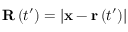
\mathbf { R } \left( t ^ { \prime } \right) = \left| \mathbf { x } - \mathbf { r } \left( t ^ { \prime } \right) \right|